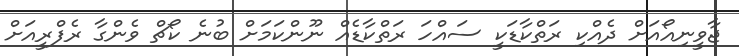
ޖާވީނިއޯއަށް ދެއްކި ރަތްކާޑަކީ ސައްހަ ރަތްކާޑެއް ނޫންކަމަށް ބުނެ ކޯޗް ވެންގާ ރެފްރީއަށް